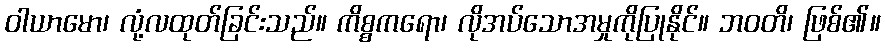
ဝါယာမော၊ လုံ့လထုတ်ခြင်းသည်။ ကိစ္စကရော၊ လိုအပ်သောအမှုကိုပြုနိုင်။ ဘဝတိ၊ ဖြစ်၏။